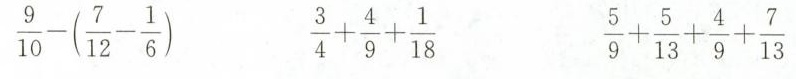
$$\frac{9}{10} - ( \frac{7}{12} - \frac{1}{6})$$ $$\frac{3}{4} + \frac{4}{9} + \frac{1}{18}$$ $$\frac{5}{9} + \frac{5}{13} + \frac{4}{9} + \frac{7}{13}$$